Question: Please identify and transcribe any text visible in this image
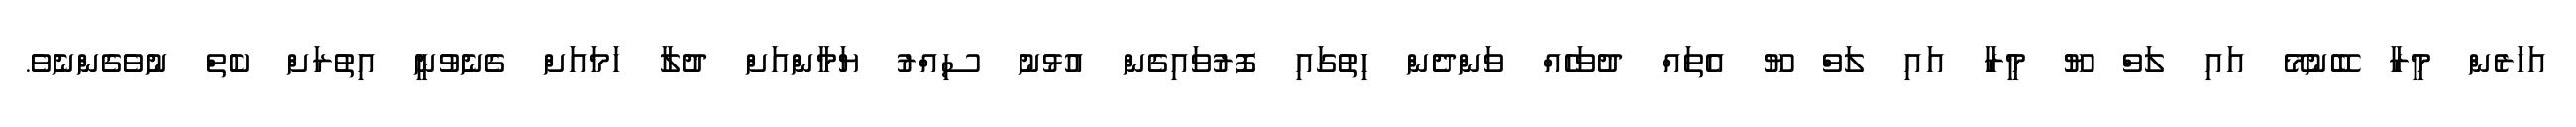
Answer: އަހަރެން މީރާ ބޭނުމޭ އައި ލަވް ޔޫ މީރާ އައި ލަވް ޔޫ އެތައް ދުވަހެއް ވަންދެން ހިތުގައި ފޮރުވައިގެން އުޅުނު ސިއްރު ޔަމާންއަށް ދުލާ ހަމައަށް ގެނެވުނީ އިތުރަށް ކެތް ނުވެގެންނެވެ.